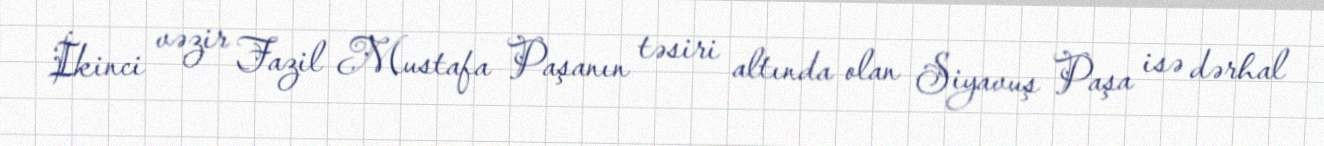
İkinci vəzir Fazil Mustafa Paşanın təsiri altında olan Siyavuş Paşa isə dərhal